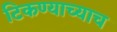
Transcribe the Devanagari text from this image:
टिकण्याच्याच